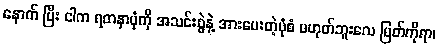
နောက် ပြီး ငါက ရတနာပုံကို အသင်းစွဲနဲ့ အားပေးတဲ့ပုံစံ မဟုတ်ဘူးလေ မြတ်ကိုရာ၊